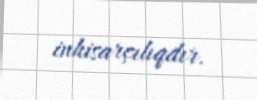
inhisarçılıqdır.